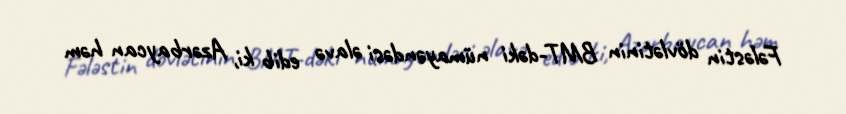
Fələstin dövlətinin BMT-dəki nümayəndəsi əlavə edib ki, Azərbaycan həm